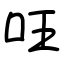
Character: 㕵